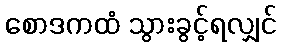
စောဒကထံ သွားခွင့်ရလျှင်